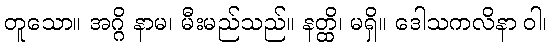
တူသော။ အဂ္ဂိ နာမ၊ မီးမည်သည်။ နတ္ထိ၊ မရှိ။ ဒေါသကလိနာ ဝါ၊